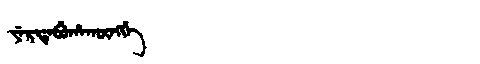
Manchu: ᠶᡝᡵᡨᡝᠪᡠᡥᠠᡴᡡᠩᡤᡝ
Romanization: YERTEBUHAKŪNGGE